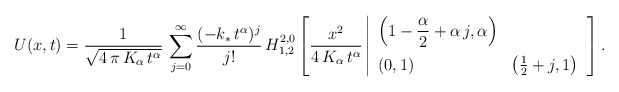
\begin{align*}U(x,t) = \frac{1}{\sqrt{4\,\pi\,K_{\alpha}\,t^{\alpha}}}\,\sum\limits_{j=0}^{\infty}\frac{(-k_\ast\,t^{\alpha})^j}{j!}\,H^{2,0}_{1,2}\left[ \frac{x^2}{4\,K_{\alpha}\,t^{\alpha}}\left|\begin{array}{ll}\displaystyle \left( 1-\frac{\alpha}{2} + \alpha\,j,\alpha\right) & \\[10pt](0,1) & \left( \frac{1}{2} + j,1\right) \end{array}\right.\right].\end{align*}